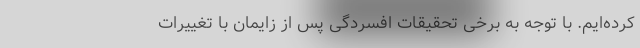
کرده‌ایم. با توجه به برخی تحقیقات افسردگی پس از زایمان با تغییرات